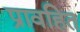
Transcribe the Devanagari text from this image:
प्रावहित